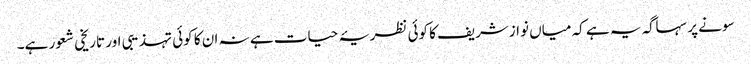
سونے پر سہاگہ یہ ہے کہ میاں نوازشریف کا کوئی نظریۂ حیات ہے نہ ان کا کوئی تہذیبی اور تاریخی شعور ہے۔